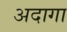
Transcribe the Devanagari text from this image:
अदागा